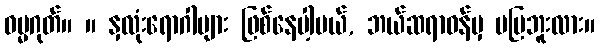
ဓမ္မဂုတ်။ ။ နှလုံးရောဂါများ ဖြစ်နေပါ့မယ်, ဘယ်ဆရာဝန်မှ မပြဘူးလား။